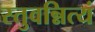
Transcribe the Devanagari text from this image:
स्तुवन्नित्यं